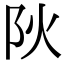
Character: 阦